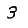
Digit: 3